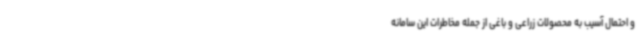
و احتمال آسیب به محصولات زراعی و باغی از جمله مخاطرات این سامانه